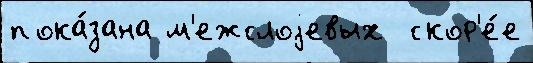
пока́зана м'ежслоjевых  скор'е́е